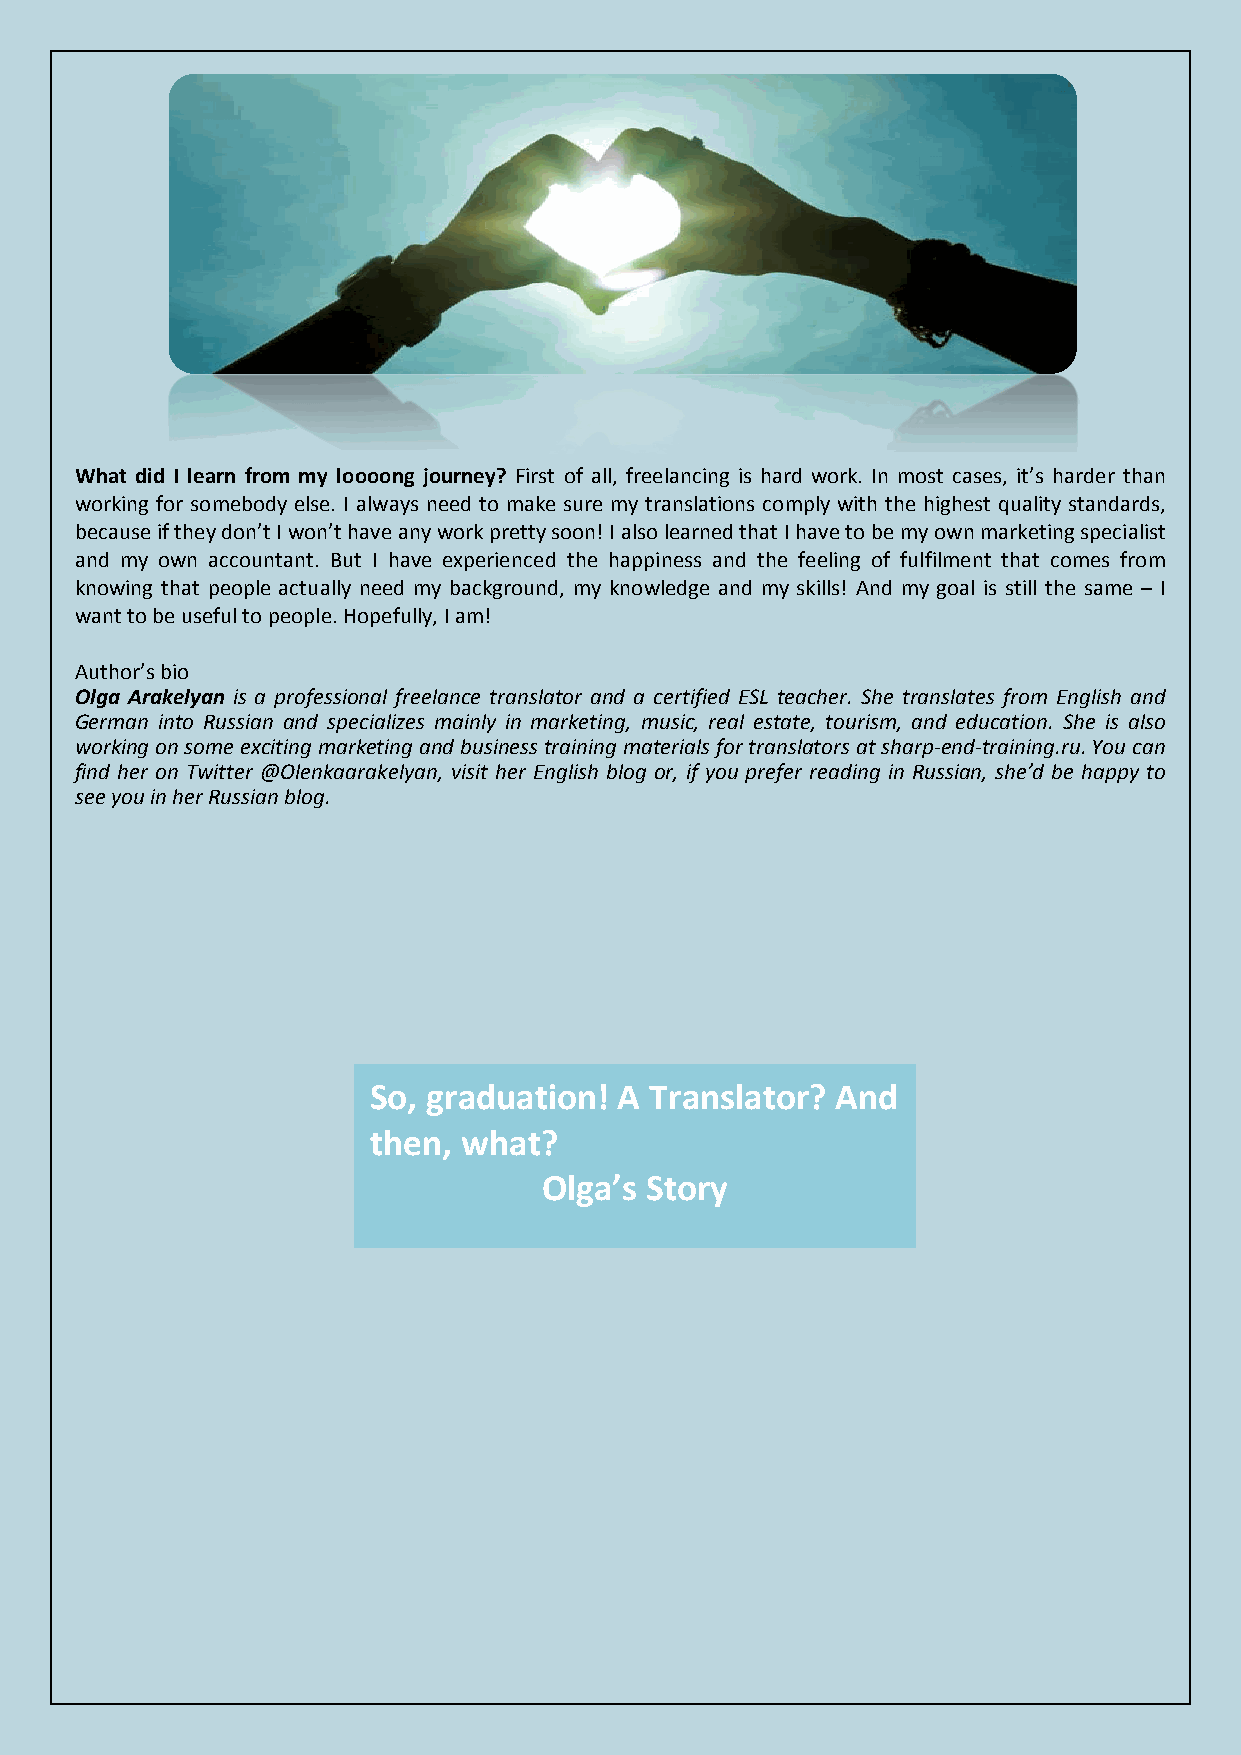
What did I learn from my loooong journey? First of all, freelancing is hard work. In most cases, it’s harder than
 working for somebody else. I always need to make sure my translations comply with the highest quality standards,
 because if they don’t I won’t have any work pretty soon! I also learned that I have to be my own marketing specialist
 and my own accountant. But I have experienced the happiness and the feeling of fulfilment that comes from
 knowing that people actually need my background, my knowledge and my skills! And my goal is still the same – I
 want to be useful to people. Hopefully, I am!
 Author’s bio
 Olga Arakelyan is a professional freelance translator and a certified ESL teacher. She translates from English and
 German into Russian and specializes mainly in marketing, music, real estate, tourism, and education. She is also
 working on some exciting marketing and business training materials for translators at sharp-end-training.ru. You can
 find her on Twitter @Olenkaarakelyan, visit her English blog or, if you prefer reading in Russian, she’d be happy to
 see you in her Russian blog.
 So, graduation! A Translator? And
 then, what?
 Olga’s Story